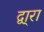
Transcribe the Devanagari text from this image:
द्वा्रा